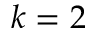
k = 2